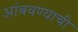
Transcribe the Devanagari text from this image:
आंबवण्याची